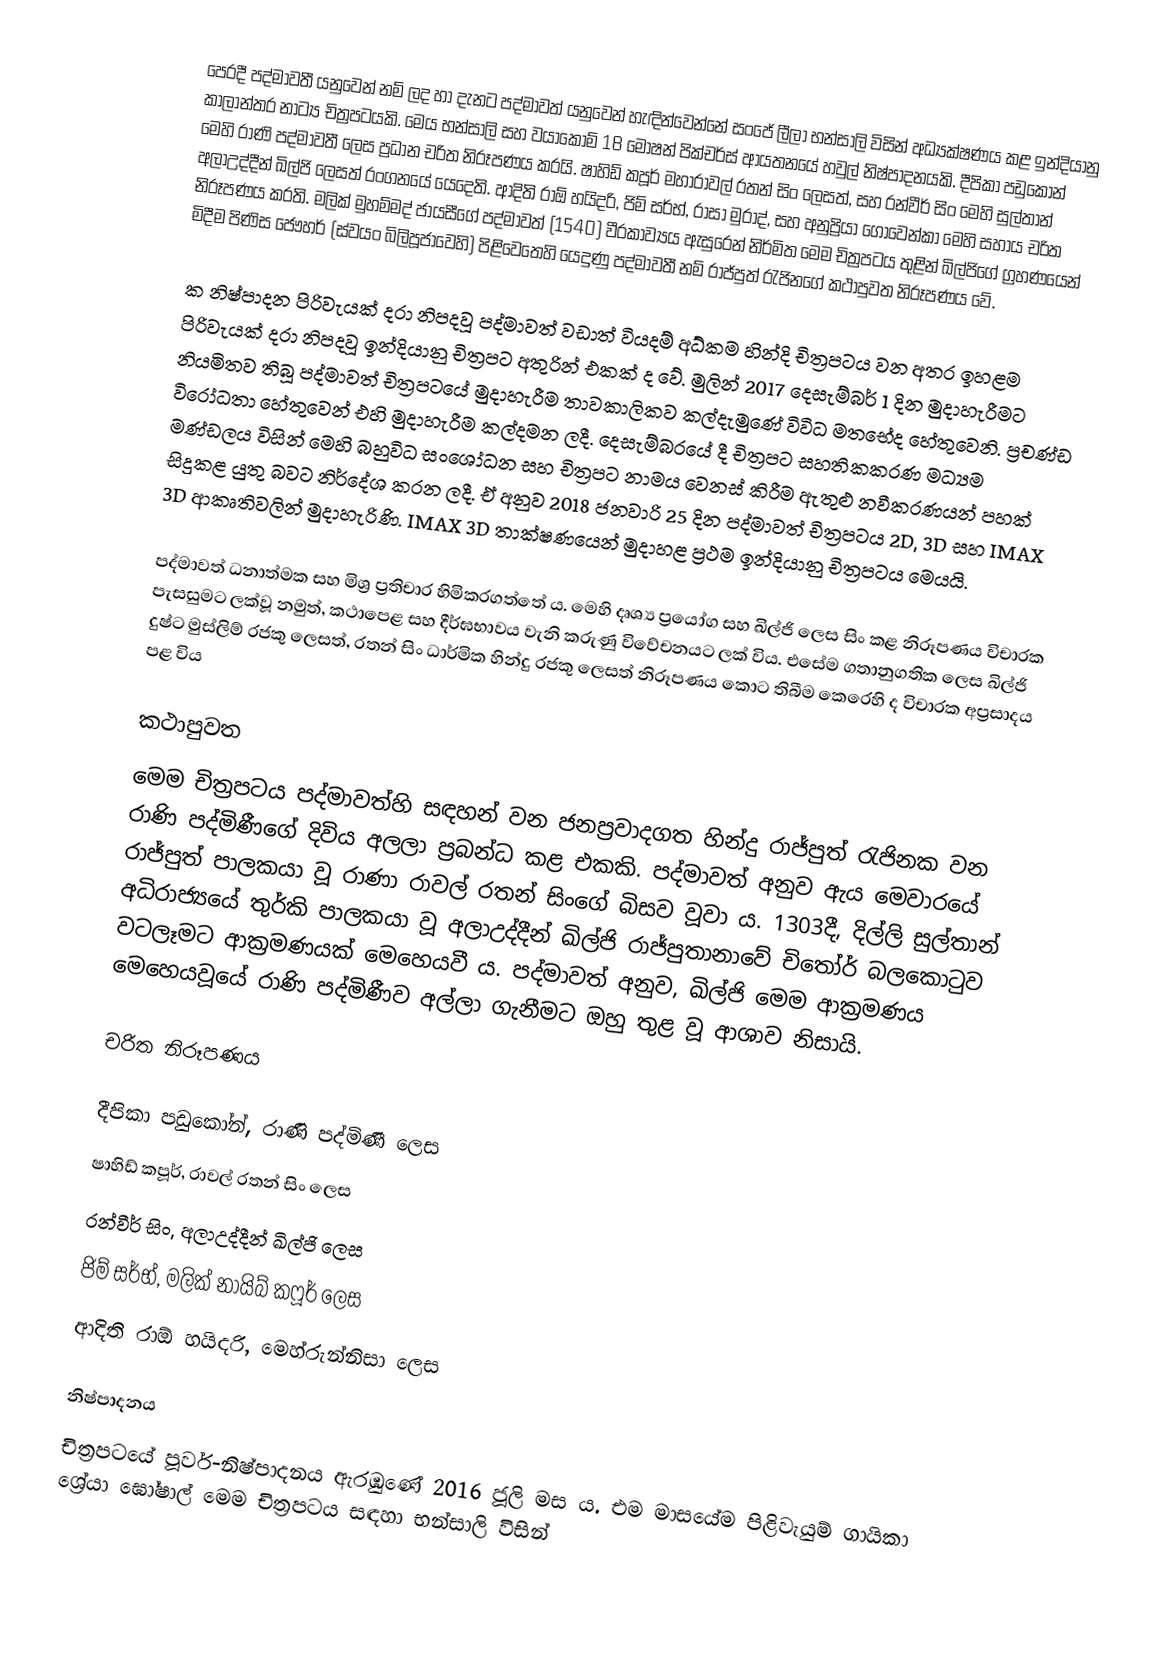
පෙරදී පද්මාවතී යනුවෙන් නම් ලද හා දැනට පද්මාවත් යනුවෙන් හැඳින්වෙන්නේ සංජේ ලීලා භන්සාලි විසින් අධ්‍යක්ෂණය කළ ඉන්දියානු කාලාන්තර නාට්‍ය චිත්‍රපටයකි. මෙය භන්සාලි සහ වයාකොම් 18 මෝෂන් පික්චර්ස් ආයතනයේ හවුල් නිෂ්පාදනයකි. දීපිකා පඩුකෝන් මෙහි රාණි පද්මාවතී ලෙස ප්‍රධාන චරිත නිරූපණය කරයි. ෂාහිඩ් කපූර් මහාරාවල් ‍රතන් සිං ලෙසත්, සහ රන්වීර් සිං මෙහි සුල්තාන් අලාඋද්දීන් ඛිල්ජි ලෙසත් රංගනයේ යෙදෙති. ආදිති රාඕ හයිදරි, ජිම් සර්භ්, ‍රාසා මුරාද්, සහ අනුප්‍රියා ගොවෙන්කා මෙහි සහාය චරිත නිරූපණය කරති. මලික් මුහම්මද් ජායසීගේ පද්මාවත් (1540) වීරකාව්‍යය ඇසුරෙන් නිර්මිත මෙම චිත්‍රපටය තුළින් ඛිල්ජිගේ ග්‍රහණයෙන් මිදීම පිණිස ජෞහර් (ස්වයං බිලිපූජාවෙහි) පිළිවෙතෙහි යෙදුණු පද්මාවතී නම් රාජ්පුත් රැජිනගේ කථාපුවත නිරූපණය වේ.

ක නිෂ්පාදන පිරිවැයක් දරා නිපදවූ පද්මාවත් වඩාත් වියදම් අධ්කම හින්දි චිත්‍රපටය වන අතර ඉහළම පිරිවැයක් දරා නිපදවූ ඉන්දියානු චිත්‍රපට අතුරින් එකක් ද වේ. මුලින් 2017 දෙසැම්බර් 1 දින මුදාහැරීමට නියමිතව තිබූ පද්මාවත් චිත්‍රපටයේ මුදාහැරීම තාවකාලිකව කල්දැමුණේ විවිධ මතභේද හේතුවෙනි. ප්‍රචණ්ඩ විරෝධතා හේතුවෙන් එහි මුදාහැරීම කල්දමන ලදී. දෙසැම්බරයේ දී චිත්‍රපට සහතිකකරණ මධ්‍යම මණ්ඩලය විසින් මෙහි බහුවිධ සංශෝධන සහ චිත්‍රපට නාමය වෙනස් කිරීම ඇතුළු නවීකරණයන් පහක් සිදුකළ යුතු බවට නිර්දේශ කරන ලදී. ඒ අනුව 2018 ජනවාරි 25 දින පද්මාවත් චිත්‍රපටය 2D, 3D සහ IMAX 3D ආකෘතිවලින් මුදාහැරිණි. IMAX 3D තාක්ෂණයෙන් මුදාහළ ප්‍රථම ඉන්දියානු චිත්‍රපටය මෙයයි.

පද්මාවත් ධනාත්මක සහ මිශ්‍ර ප්‍රතිචාර හිමිකරගත්තේ ය. මෙහි දෘශ්‍ය ප්‍රයෝග සහ ඛිල්ජි ලෙස සිං කළ නිරූපණය විචාරක පැසසුමට ලක්වූ නමුත්, කථාපෙළ සහ දීර්ඝභාවය වැනි කරුණු විවේචනයට ලක් විය. එසේම ගතානුගතික ලෙස ඛිල්ජි දුෂ්ට මුස්ලිම් රජකු ලෙසත්, රතන් සිං ධාර්මික හින්දු රජකු ලෙසත් නිරූපණය කොට තිබීම කෙරෙහි ද විචාරක අප්‍රසාදය පළ විය

කථාපුවත
මෙම චිත්‍රපටය පද්මාවත්හි සඳහන් වන ජනප්‍රවාදගත හින්දු රාජ්පුත් රැජිනක වන රාණි පද්මිණීගේ දිවිය අලලා ප්‍රබන්ධ කළ එකකි. පද්මාවත් අනුව ඇය මෙවාරයේ රාජ්පුත් පාලකයා වූ රාණා රාවල් රතන් සිංගේ බිසව වූවා ය. 1303දී, දිල්ලි සුල්තාන් අධිරාජ්‍යයේ තුර්කි පාලකයා වූ අලාඋද්දීන් ඛිල්ජි රාජ්පුතානාවේ චිතෝර් බලකොටුව වටලෑමට ආක්‍රමණයක් මෙහෙයවී ය. පද්මාවත් අනුව, ඛිල්ජි මෙම ආක්‍රමණය මෙහෙයවූයේ රාණි පද්මිණීව අල්ලා ගැනීමට ඔහු තුළ වූ ආශාව නිසායි.

චරිත නිරූපණය

 දීපිකා පඩුකෝන්, රාණි පද්මිණී ලෙස
 ෂාහිඩ් කපූර්, රාවල් රතන් සිං ලෙස
 රන්වීර් සිං, අලාඋද්දීන් ඛිල්ජි ලෙස
 ජිම් සර්භ්, මලික් නායිබ් කෆූර් ලෙස
 ආදිති රාඕ හයිදරි, මෙහ්රුන්නිසා ලෙස

නිෂ්පාදනය
චිත්‍රපටයේ පූර්ව-නිෂ්පාදනය ඇරඹුණේ 2016 ජූලි මස ය. එම මාසයේම පිළිවැයුම් ගායිකා ශ්‍රේයා ඝෝෂාල් මෙම චිත්‍රපටය සඳහා භන්සාලි විසින්